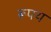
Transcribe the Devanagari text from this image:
रूपय